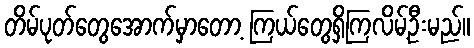
တိမ်ပုတ်တွေအောက်မှာတော့ ကြယ်တွေရှိကြလိမ့်ဦးမည်။